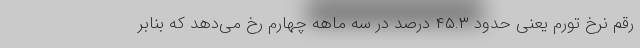
رقم نرخ تورم یعنی حدود ۴۵.۳ درصد در سه ماهه چهارم رخ می‌دهد که بنابر